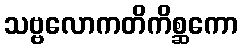
သဗ္ဗလောကတိကိစ္ဆကော